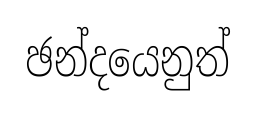
ඡන්දයෙනුත්